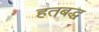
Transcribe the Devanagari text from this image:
हतबद्ध